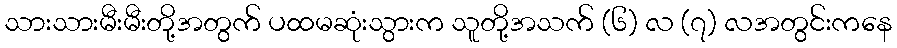
သားသားမီးမီးတို့အတွက် ပထမဆုံးသွားက သူတို့အသက် (၆) လ (၇) လအတွင်းကနေ